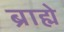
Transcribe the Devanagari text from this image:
ब्राह्मे